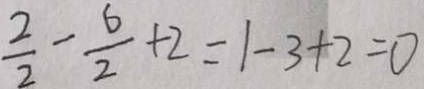
\frac { 2 } { 2 } - \frac { 6 } { 2 } + 2 = 1 - 3 + 2 = 0